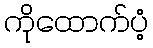
ကိုထောက်ပံ့